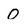
Character: 0